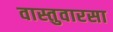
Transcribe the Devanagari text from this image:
वास्तुवारसा